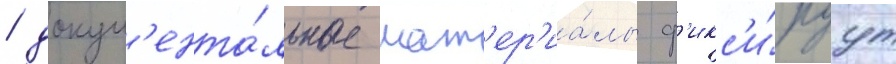
/ докум'ента́льные мат'ер'иа́лы ф'икс'и́руут